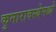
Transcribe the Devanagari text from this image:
कुमारावस्थेमध्ये